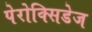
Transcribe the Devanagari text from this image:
पेरोक्सिडेज